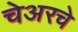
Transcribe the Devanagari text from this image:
चेअरचे